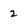
Character: 2